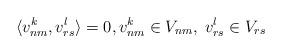
LaTeX: \begin{align*} \langle v_{nm}^k,v_{rs}^l\rangle=0, v_{nm}^k\in V_{nm},\;v_{rs}^l\in V_{rs}\end{align*}